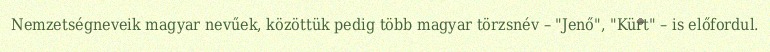
Nemzetségneveik magyar nevűek, közöttük pedig több magyar törzsnév – "Jenő", "Kürt" – is előfordul.